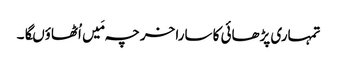
تمہاری پڑھائی کا سارا خرچہ مَیں اُٹھاؤںگا۔